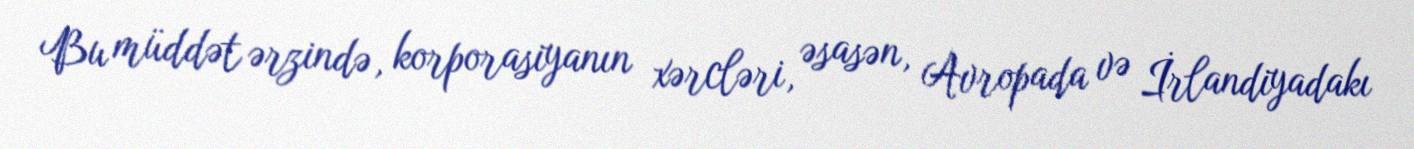
Bu müddət ərzində, korporasiyanın xərcləri, əsasən, Avropada və İrlandiyadakı